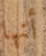
أنها